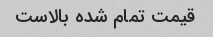
قیمت تمام شده بالاست